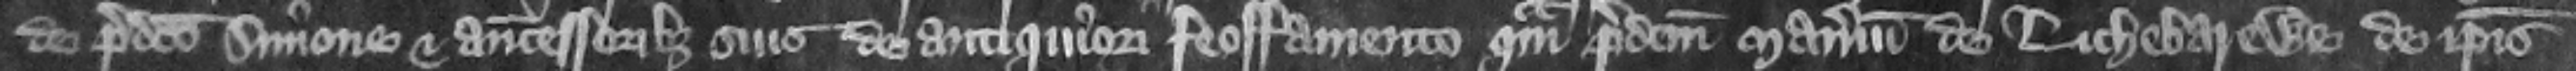
de predicto Simone et antecessoribus suis de antiquiori feoffamento quam predictum manerium de Lichebarewe de ipsis